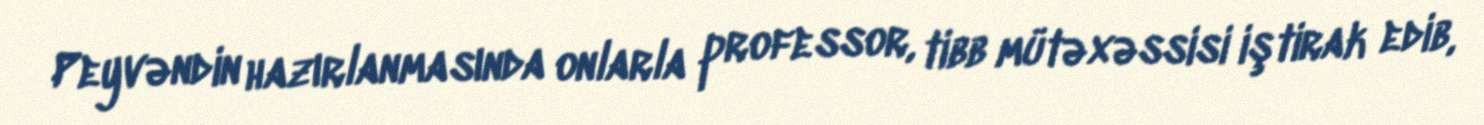
Peyvəndin hazırlanmasında onlarla professor, tibb mütəxəssisi iştirak edib,